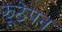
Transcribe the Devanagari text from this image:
झूठेपन